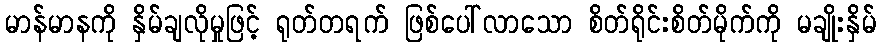
မာန်မာနကို နှိမ်ချလိုမှုဖြင့် ရုတ်တရက် ဖြစ်ပေါ်လာသော စိတ်ရိုင်းစိတ်မိုက်ကို မချိုးနှိမ်